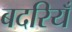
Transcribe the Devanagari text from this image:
बदरियँ